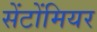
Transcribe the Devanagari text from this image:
सेंटोंमियर